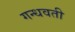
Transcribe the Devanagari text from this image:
गन्धवती